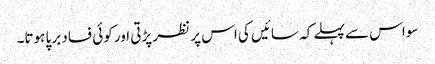
سو اس سے پہلے کہ سائیں کی اس پر نظر پڑتی اور کوئی فساد برپا ہوتا۔